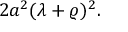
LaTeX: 2 a ^ { 2 } ( \lambda + \varrho ) ^ { 2 } .